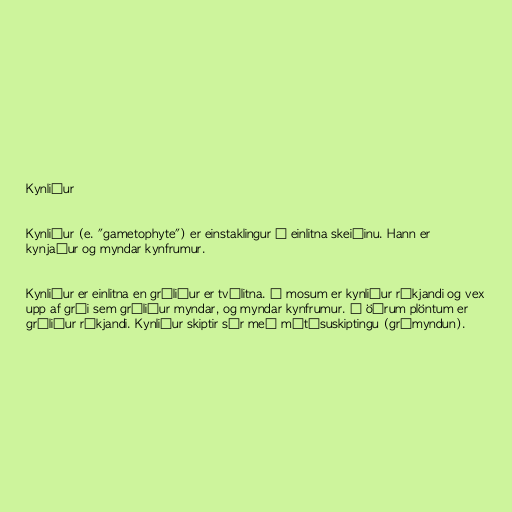
Kynliður

Kynliður (e. "gametophyte") er einstaklingur á einlitna skeiðinu. Hann er
kynjaður og myndar kynfrumur.

Kynliður er einlitna en gróliður er tvílitna. Í mosum er kynliður ríkjandi og vex
upp af grói sem gróliður myndar, og myndar kynfrumur. Í öðrum plöntum er
gróliður ríkjandi. Kynliður skiptir sér með mítósuskiptingu (grómyndun).